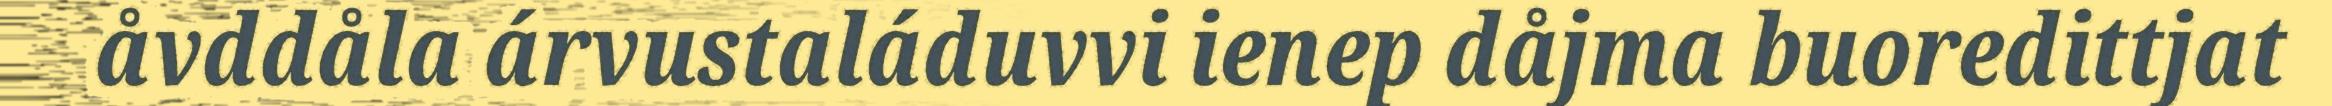
åvddåla árvustaláduvvi ienep dåjma buoredittjat